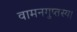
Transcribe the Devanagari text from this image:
वामनगुप्तस्य।